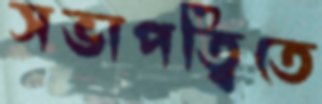
সভাপত্বিতে